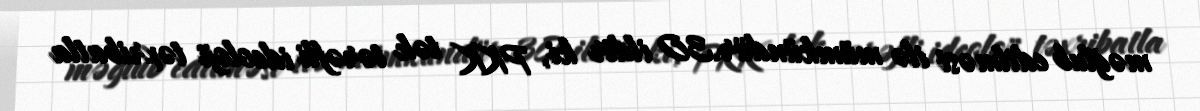
məğlub edilməsi ilə mümkündür.30 ildir ki, PKK tək tərəfli ideoloji təxribatla